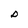
Character: D